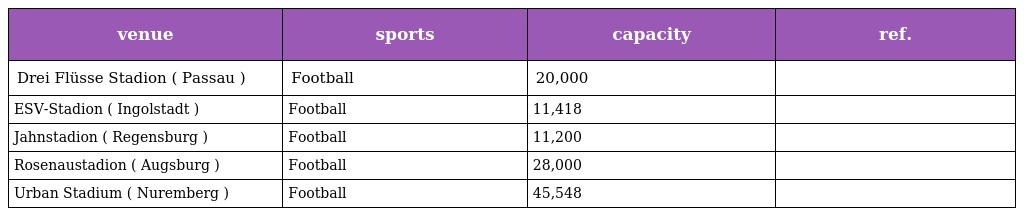
| venue | sports | capacity | ref. |
 | --- | --- | --- | --- |
 | Drei Flüsse Stadion ( Passau ) | Football | 20,000 |  |
 | ESV-Stadion ( Ingolstadt ) | Football | 11,418 |  |
 | Jahnstadion ( Regensburg ) | Football | 11,200 |  |
 | Rosenaustadion ( Augsburg ) | Football | 28,000 |  |
 | Urban Stadium ( Nuremberg ) | Football | 45,548 |  |